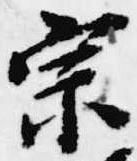
宗